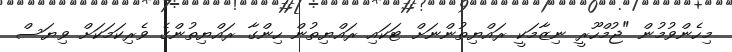
މިހެންވުމުން "ޖުމްހޫރީ ނިޒާމަކީ ރައްޔިތުންނަށް ޓަކައި ރައްޔިތުން ހިންގާ ރައްޔިތުންގެ ވެރިކަމަކަށް ވިޔަސް